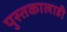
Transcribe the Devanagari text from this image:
पुस्तकालाही